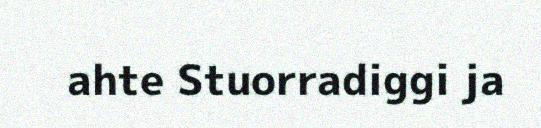
ahte Stuorradiggi ja